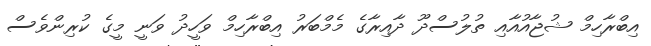
އިބްރާހިމް ޝުޖާއުއާއި ތުލުސްދޫ ދާއިރާގެ މެމްބަރު އިބްރާހިމް ވަހީދު ވަނީ މީގެ ކުރިންވެސް